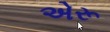
એરૂ